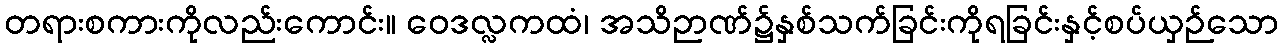
တရားစကားကိုလည်းကောင်း။ ဝေဒလ္လကထံ၊ အသိဉာဏ်၌နှစ်သက်ခြင်းကိုရခြင်းနှင့်စပ်ယှဉ်သော